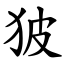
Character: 狓